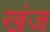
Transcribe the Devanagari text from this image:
खंज